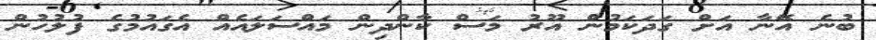
ބުނެ އޭނާ އަށް ގަދަކަމުން އޫރު މަސް ކާންދިން މައްސަލައެއް އެގައުމުގެ ފުލުހުން